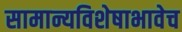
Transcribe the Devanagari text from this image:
सामान्यविशेषाभावेच